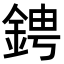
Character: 𬫙